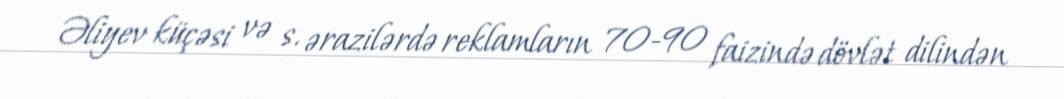
Əliyev küçəsi və s. ərazilərdə reklamların 70-90 faizində dövlət dilindən